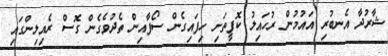
ޝާރުދާ އެނބުރި އައުމުން ރުހައިލު ކޮފީތަށި ހިފައިގެން ސޯފާއިން ތެދުވެގެން ގޮސް ރެއިލިންގައި